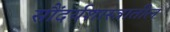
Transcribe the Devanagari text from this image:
सौंदर्यशास्त्रातील